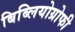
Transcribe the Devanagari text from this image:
बिब्लियोग्रोफी